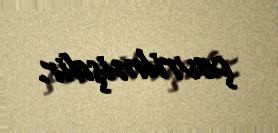
çevrilmişdir.